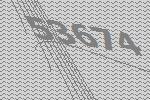
53674